Vabadussoja_Ajaloo_Komitee, lk 73
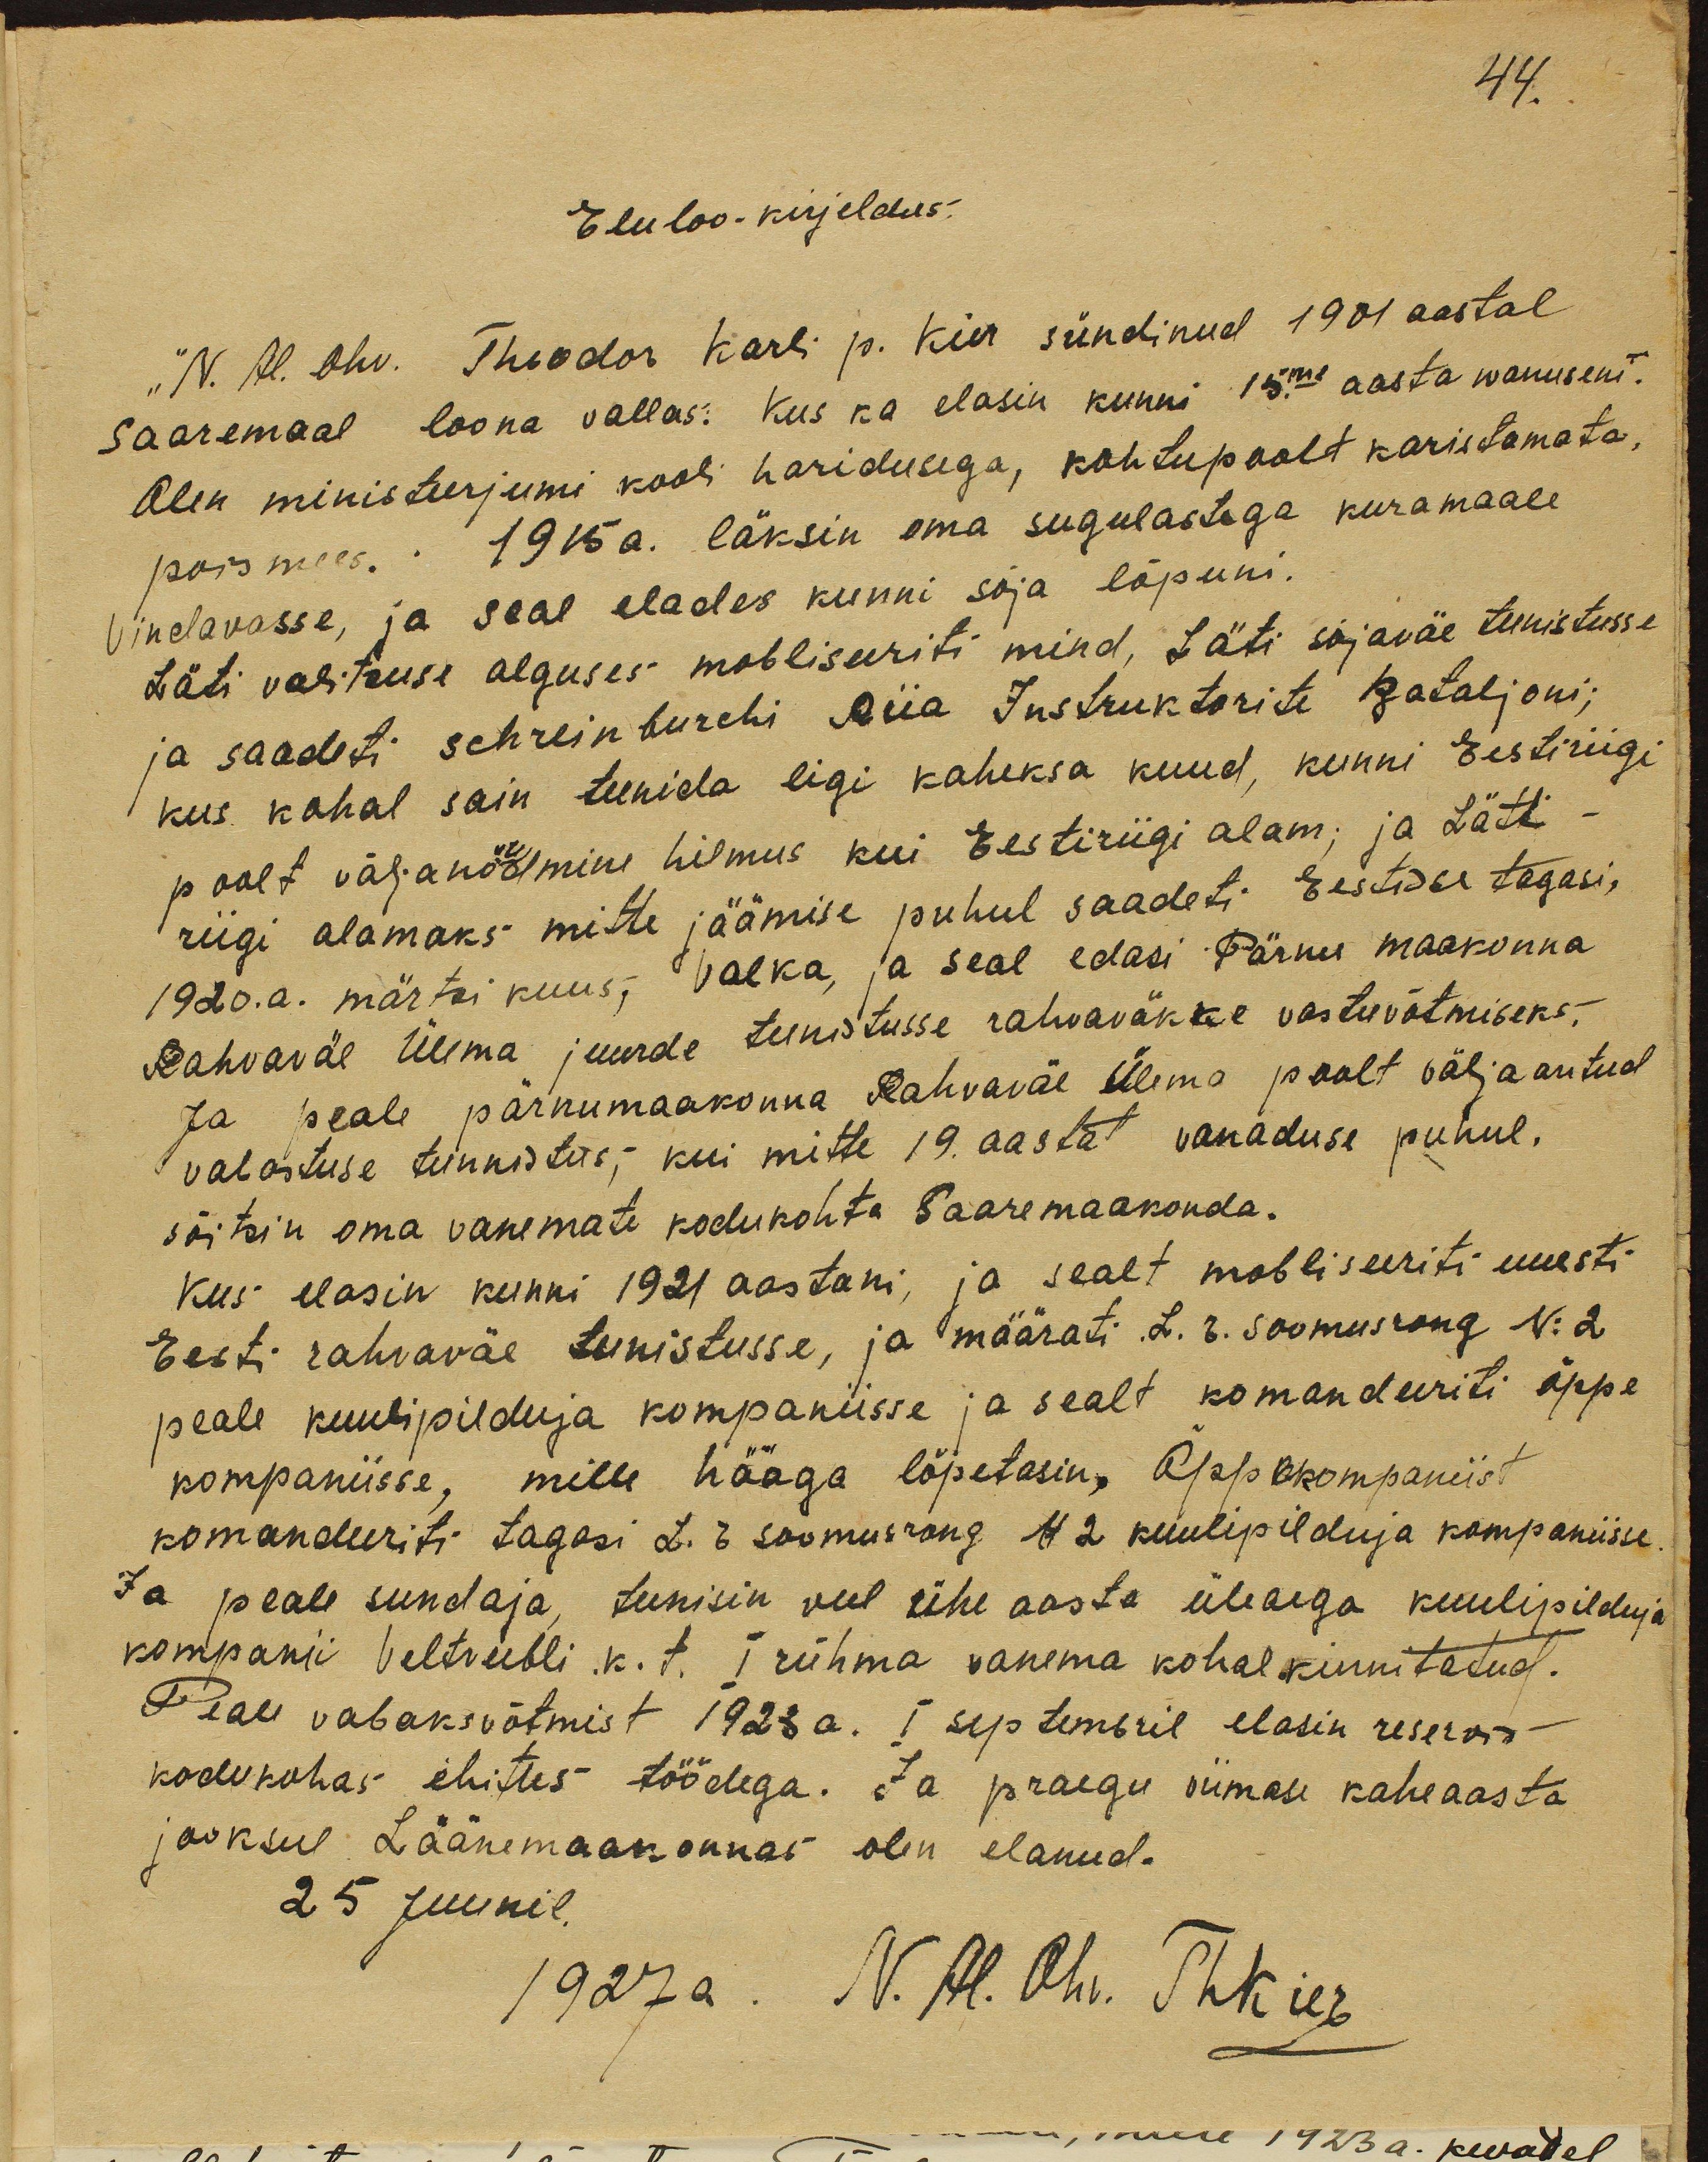
Eluloo - kirjeldus
N. Al. Ohv. Theodor Karli p. Kier sündinud 1901 aastal
Saaremaal loona vallas. Kus ka elasin kunni 15me aasta wanuseni.
Olen ministeerjumi kooli haridusega, kohtupoolt karistamata
pois mees. 1915 a läksin oma sugulastega kuramaale
Vindavasse, ja seal elades kunni sõja lõpuni.
Läti valitsuse alguses mobiliseeriti mind, Läti sõjaväe teenistusse
ja saadeti schreinburchi Riia Instruktorite Bataljoni;
kus kohal sain teenida ligi kaheksa kuud, kunni Eestiriigi
poolt väljanõudmine hilmus kui Eestiriigi alam; ja Läti-
riigi alamaks mitte jäämise puhul saadeti Eestisse tagasi,
1920.a. märtsi kuus, Valka ja seal edasi Pärnu maakonna
Rahvaväe Ülema juurde teenistusse rahvaväkke vastuvõtmiseks.
Ja peale pärnumaakonna Rahvaväe Ülema poolt välja antud
vabastuse tunnistus, kui mitte 19. aastat vanaduse puhul.
sõitsin oma vanemate kodukohta Saare maakonda,
kus elasin kunni 1921 aastani, ja sealt mobiliseeriti uuesti
Eesti rahvaväe teenistusse, ja määrati .L. r. soomusrong N: 2
peale kuulipilduja kompaniisse ja sealt komandeeriti õppe
kompaniisse, mille hääga lõpetasin. Õppekompaniist
komandeeriti tagasi L. r. soomusrong N 2. kuulipilduja kompaniisse.
Ja peale sundaja, teenisin veel ühe aasta üleaega kuulipilduja
kompanii veltveebli .k. t. I rühma vanema kohal kinnitatud.
Peale vabaksvõtmist 1923 a. I septembril elasin reservis
kodukohas ehitus töödega. Ja praegu viimase kaheaasta
jooksul Läänemaakonnas olen elanud.
25 juunil
1927 a. N. Al. Ohv. ThKier